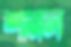
শানল